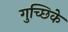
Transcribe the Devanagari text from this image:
गुच्छिके